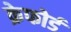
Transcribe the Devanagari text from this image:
क्रेफोर्ड